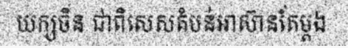
យក្សចិន ជាពិសេសតំបន់អាស៊ានតែម្តង